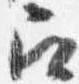
召